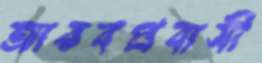
আরবপ্রবাসী